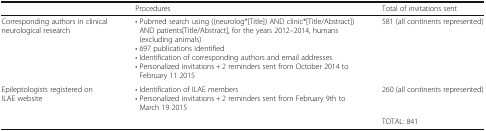
<table><thead><tr><td></td><td><b>Procedures</b></td><td><b>Total of invitations sent</b></td></tr></thead><tbody><tr><td>Corresponding authors in clinical neurological research</td><td>• Pubmed search using ((neurolog*[Title]) AND clinic*[Title/Abstract]) AND patients[Title/Abstract], for the years 2012–2014, humans (excluding animals)• 697 publications identified• Identification of corresponding authors and email addresses• Personalized invitations + 2 reminders sent from October 2014 to February 11 2015</td><td>581 (all continents represented)</td></tr><tr><td>Epileptologists registered on ILAE website</td><td>• Identification of ILAE members• Personalized invitations + 2 reminders sent from February 9th to March 19 2015</td><td>260 (all continents represented)</td></tr><tr><td></td><td></td><td>TOTAL: 841</td></tr></tbody></table>